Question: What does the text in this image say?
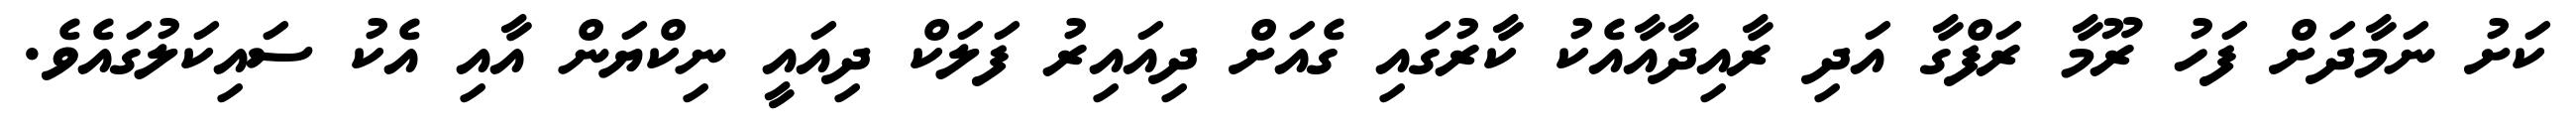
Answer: ކަށު ނަމާދަށް ފަހު ރޫމާ ރަފްގާ އަދި ރާއިދާއާއެކު ކާރުގައި ގެއަށް ދިއައިރު ފަލަކް ދިއައީ ނިކްޔަން އާއި އެކު ސައިކަލުގައެވެ.